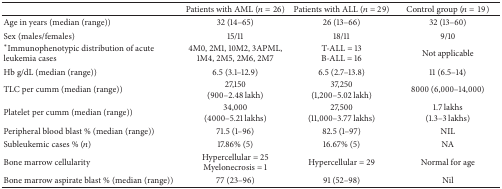
<table><thead><tr><td><b> </b></td><td><b>Patients with AML (<i>n</i> = 26)</b></td><td><b>Patients with ALL (<i>n</i> = 29)</b></td><td><b>Control group (<i>n</i> = 19)</b></td></tr></thead><tbody><tr><td>Age in years (median (range))</td><td>32 (14–65)</td><td>26 (13–66)</td><td>32 (13–60)</td></tr><tr><td>Sex (males/females)</td><td>15/11</td><td>18/11</td><td>9/10</td></tr><tr><td>*Immunophenotypic distribution of acute leukemia cases</td><td>4M0, 2M1, 10M2, 3APML, 1M4, 2M5, 2M6, 2M7</td><td>T-ALL = 13B-ALL = 16</td><td>Not applicable</td></tr><tr><td>Hb g/dL (median (range))</td><td>6.5 (3.1–12.9)</td><td>6.5 (2.7–13.8)</td><td>11 (6.5–14)</td></tr><tr><td>TLC per cumm (median (range))</td><td>27,150 (900–2.48 lakh)</td><td>37,250 (1,200–5.02 lakh)</td><td>8000 (6,000–14,000)</td></tr><tr><td>Platelet per cumm (median (range))</td><td>34,000 (4000–5.21 lakhs)</td><td>27,500 (11,000–3.77 lakhs)</td><td>1.7 lakhs (1.3–3 lakhs)</td></tr><tr><td>Peripheral blood blast % (median (range))</td><td>71.5 (1–96)</td><td>82.5 (1–97)</td><td>NIL</td></tr><tr><td>Subleukemic cases % (<i>n</i>) </td><td>17.86% (5)</td><td>16.67% (5)</td><td>NA</td></tr><tr><td>Bone marrow cellularity</td><td>Hypercellular = 25Myelonecrosis = 1</td><td>Hypercellular = 29</td><td>Normal for age</td></tr><tr><td>Bone marrow aspirate blast % (median (range))</td><td>77 (23–96)</td><td>91 (52–98)</td><td>Nil</td></tr></tbody></table>